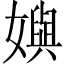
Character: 嬩